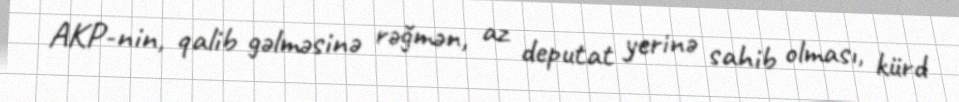
AKP-nin, qalib gəlməsinə rəğmən, az deputat yerinə sahib olması, kürd